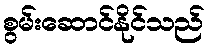
စွမ်းဆောင်နိုင်သည်